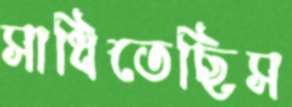
সাধিতেছিস